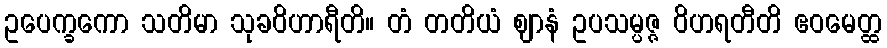
ဥပေက္ခကော သတိမာ သုခဝိဟာရီတိ။ တံ တတိယံ ဈာနံ ဥပသမ္ပဇ္ဇ ဝိဟရတီတိ ဧဝမေတ္ထ